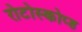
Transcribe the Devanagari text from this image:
रोटोस्कोप्ड